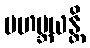
မဟဗ္ဘယန္တိ